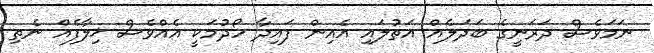
ނަމަވެސް ދަރަނީގެ ބަދަލެއް އަތުލައި އެއިން ފައިދާ ހޯދުމަކީ އެއްވެސް ޚިލާފެއް ނެތި